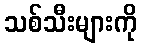
သစ်သီးများကို